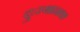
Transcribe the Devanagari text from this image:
दुःस्थानक